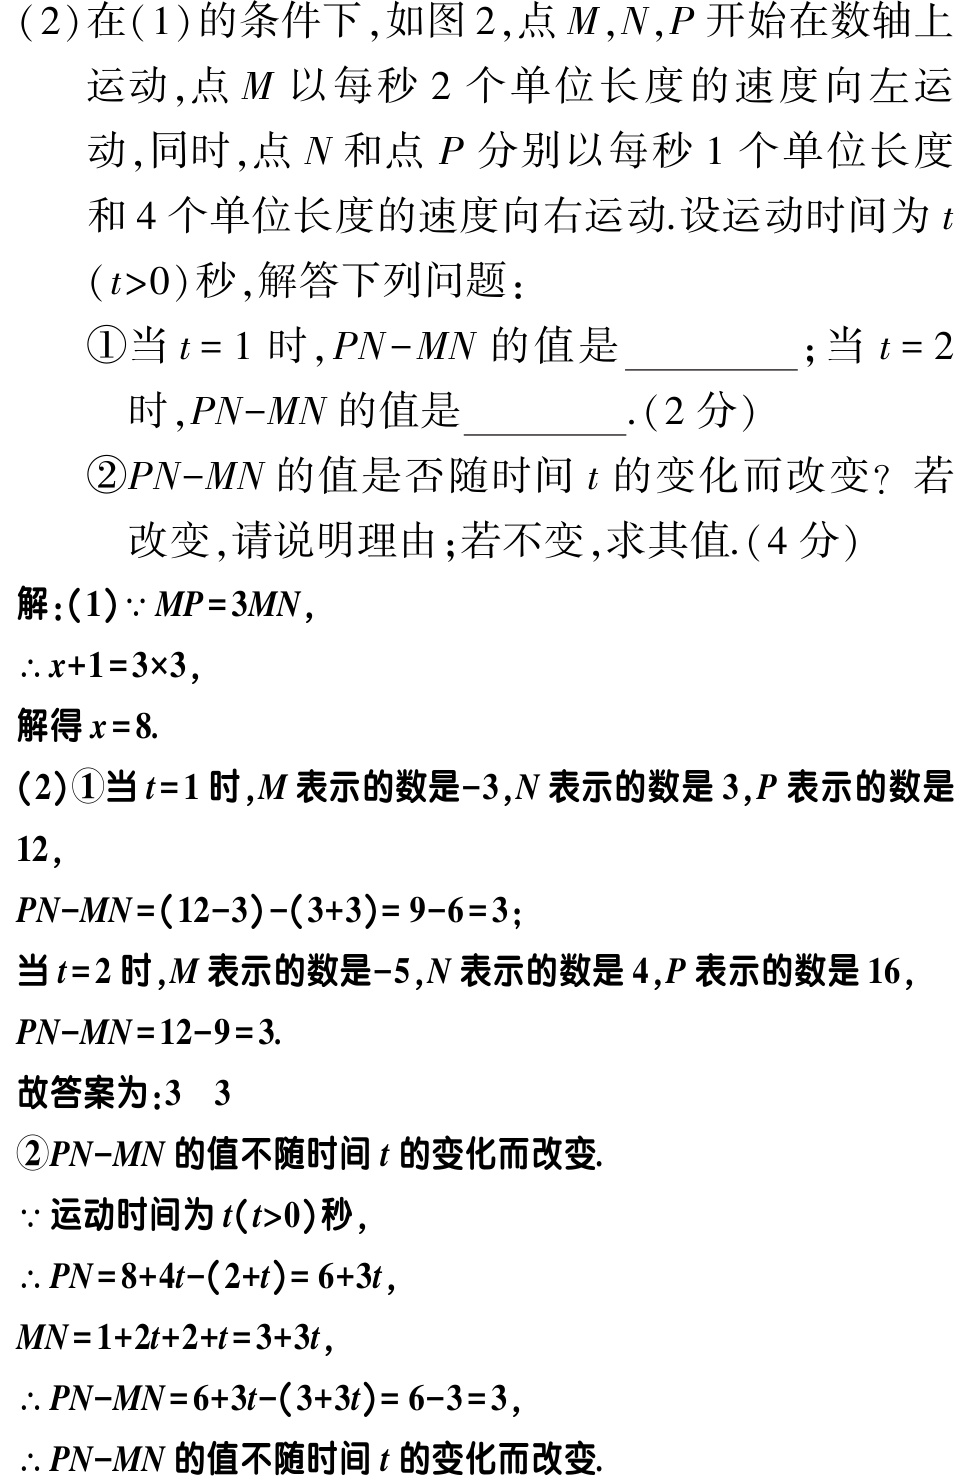
(2)在(1)的条件下,如图2,点\(M,N,P\)开始在数轴上
运动,点\(M\)以每秒\(2\)个单位长度的速度向左运
动,同时,点\(N\)和点\(P\)分别以每秒\(1\)个单位长度
和\(4\)个单位长度的速度向右运动.设运动时间为\(t\)
\((t > 0)\)秒,解答下列问题：
\textcircled{1}当\(t = 1\)时,\(PN - MN\)的值是  ；当\(t = 2\)
时,\(PN - MN\)的值是  .(2分)
\textcircled{2}\(PN - MN\)的值是否随时间\(t\)的变化而改变? 若
改变,请说明理由;若不变,求其值.(4分)
解:(1)\(\because MP = 3MN\),
\(\therefore x + 1 = 3\times3\),
解得\(x = 8\).
(2)\textcircled{1}当\(t = 1\)时,\(M\)表示的数是\(-3\),\(N\)表示的数是\(3\),\(P\)表示的数是
\(12\),
\(PN - MN=(12 - 3)-(3 + 3)=9 - 6 = 3\);
当\(t = 2\)时,\(M\)表示的数是\(-5\),\(N\)表示的数是\(4\),\(P\)表示的数是\(16\),
\(PN - MN = 12 - 9 = 3\).
故答案为:\(3\) \(3\)
\textcircled{2}\(PN - MN\)的值不随时间\(t\)的变化而改变.
\(\because\)运动时间为\(t(t > 0)\)秒,
\(\therefore PN = 8 + 4t-(2 + t)=6 + 3t\),
\(MN = 1 + 2t+2 + t = 3 + 3t\),
\(\therefore PN - MN = 6 + 3t-(3 + 3t)=6 - 3 = 3\),
\(\therefore PN - MN\)的值不随时间\(t\)的变化而改变.